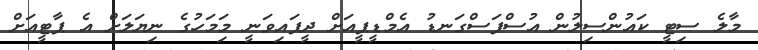
މާލެ ސިޓީ ކައުންސިލުން އުސްފަސްގަނޑު އެމްޑީޕީއަށް ދީފައިވަނީ މަިމަހުގެ ނިޔަލަށް އެ ޕާޓީއަށް